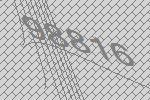
98816